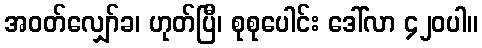
အဝတ်လျှော်ခ၊ ဟုတ်ပြီ၊ စုစုပေါင်း ဒေါ်လာ ၄၂၀ပါ။